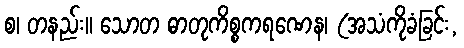
စ၊ တနည်း။ သောတ ဓာတုကိစ္စကရဏေန၊ (အသံကိုခံခြင်း,